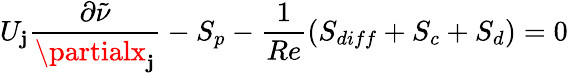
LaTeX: U_{\mathbf{j}}\frac{{\partial\tilde{{\nu}}}}{{\partialx_{\mathbf{j}}}}-S_{p}-\frac{{1}}{{Re}}(S_{diff}+S_{c}+S_{d})=0